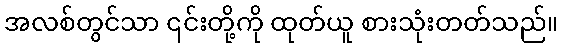
အလစ်တွင်သာ ၎င်းတို့ကို ထုတ်ယူ စားသုံးတတ်သည်။